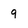
Character: 9